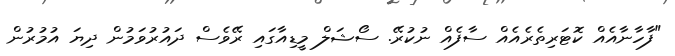
"ފާހާނާއެއް ކޮޓަރިތެރެއެއް ސާފެއް ނުކުރޭ. ސޯޝަލް މީޑިއާގައި ރޭވެސް ދައުުރުވަމުން ދިޔަ އުމުރުން